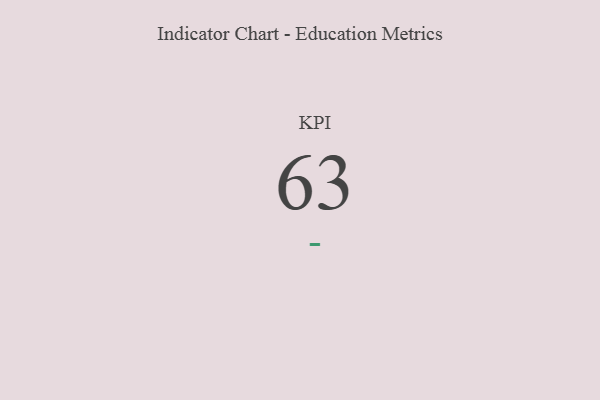
{"axis": {"x": "KPI", "y": "Value"}, "legend": [""], "data": [{"x": "KPI", "y": 63, "type": ""}]}